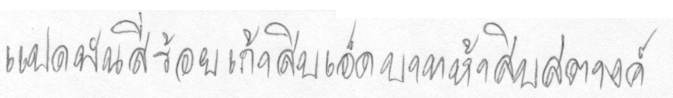
แปดพันสี่ร้อยเก้าสิบเอ็ดบาทห้าสิบสตางค์